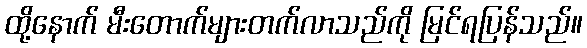
ထို့နောက် မီးတောက်များတက်လာသည်ကို မြင်ရပြန်သည်။